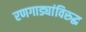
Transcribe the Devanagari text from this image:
रणगाड्यांविरुद्ध